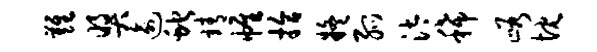
难奖逾蛇靖帷拾疑弧汰稀峪忱